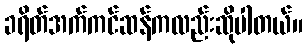
ခရိတ်အက်ကင်ဆန်ကလည်းဆိုပါတယ်။